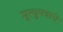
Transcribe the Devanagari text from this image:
मृत्युपत्राचे